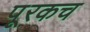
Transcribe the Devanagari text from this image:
पूरकच